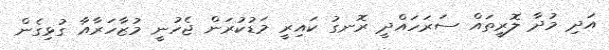
އަދި މުދާ ލޮރީތައް ސަރަހައްދީ ރޮނގު ކައިރީ މަޑުކުރަން ޖެހުނީ މުޒާހަރާއާ ގުޅިގެން